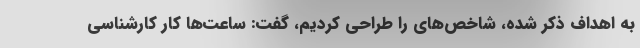
به اهداف ذکر شده، شاخص‌های را طراحی کردیم، گفت: ساعت‌ها کار کارشناسی